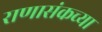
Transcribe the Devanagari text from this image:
राणासंकच्या